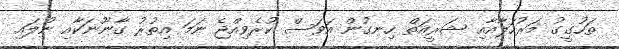
ތަހުގީގު މަރުހަލާއާއި ޝަރީއަތް ހިނގުން އަވަސް ކުރެވިއްޖެ ނަމަ އިތުރު ގާނޫނަކާއި ނުލައި